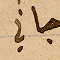
جان